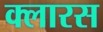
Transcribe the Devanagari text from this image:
क्लारस